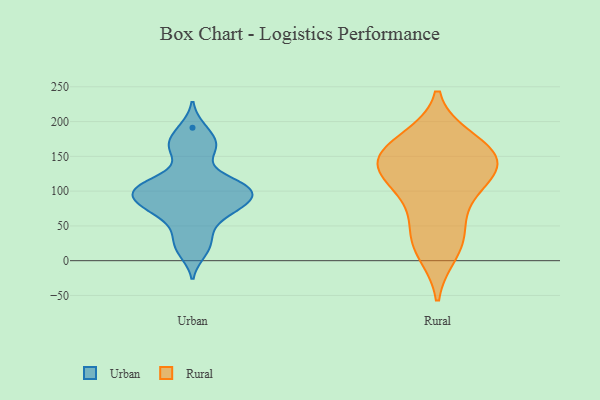
{"axis": {"x": "Satisfaction Score", "y": "Value"}, "legend": ["Rural", "Urban"], "data": [{"x": "", "y": 113, "type": "Urban"}, {"x": "", "y": 85, "type": "Urban"}, {"x": "", "y": 191, "type": "Urban"}, {"x": "", "y": 75, "type": "Urban"}, {"x": "", "y": 110, "type": "Urban"}, {"x": "", "y": 11, "type": "Urban"}, {"x": "", "y": 168, "type": "Urban"}, {"x": "", "y": 152, "type": "Urban"}, {"x": "", "y": 43, "type": "Urban"}, {"x": "", "y": 68, "type": "Urban"}, {"x": "", "y": 168, "type": "Urban"}, {"x": "", "y": 103, "type": "Urban"}, {"x": "", "y": 26, "type": "Urban"}, {"x": "", "y": 73, "type": "Urban"}, {"x": "", "y": 99, "type": "Urban"}, {"x": "", "y": 93, "type": "Urban"}, {"x": "", "y": 93, "type": "Urban"}, {"x": "", "y": 115, "type": "Urban"}, {"x": "", "y": 137, "type": "Rural"}, {"x": "", "y": 140, "type": "Rural"}, {"x": "", "y": 141, "type": "Rural"}, {"x": "", "y": 158, "type": "Rural"}, {"x": "", "y": 109, "type": "Rural"}, {"x": "", "y": 29, "type": "Rural"}, {"x": "", "y": 89, "type": "Rural"}, {"x": "", "y": 13, "type": "Rural"}, {"x": "", "y": 45, "type": "Rural"}, {"x": "", "y": 163, "type": "Rural"}, {"x": "", "y": 173, "type": "Rural"}, {"x": "", "y": 126, "type": "Rural"}]}